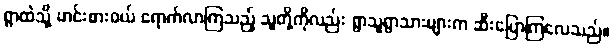
ရွာထဲသို့ ဟင်းစားဝယ် ရောက်လာကြသည့် သူတို့ကိုလည်း ရွာသူရွာသားများက ဆီးပြောကြလေသည်။